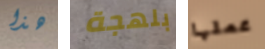
هذا بلهجة عملها